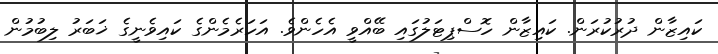
ކައިޒާން ދުރުކުރަން. ކައިޒާން ހޮސްޕިޓަލުގައި ބޭއްވީ އެހެންވެ. އަހަރެމެންގެ ކައިވެނީގެ ޚަބަރު ލިބުމުން